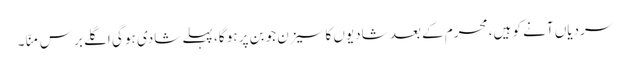
سردیاں آنے کو ہیں، محرم کے بعد شادیوں کا سیزن جوبن پر ہو گا، پہلے شادی ہو گی اگلے برس منّا۔